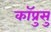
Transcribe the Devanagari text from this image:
कॉप्रुसु